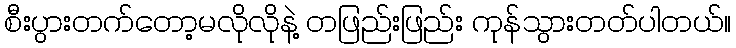
စီးပွားတက်တော့မလိုလိုနဲ့ တဖြည်းဖြည်း ကုန်သွားတတ်ပါတယ်။